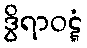
ဒွိရာဝဋ္ဋံ